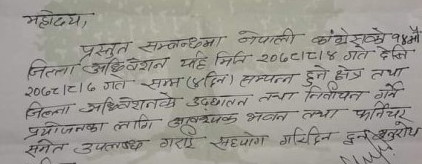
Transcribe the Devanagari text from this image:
महोदय,
प्रस्तुत सम्बन्धमा नेपाली कांग्रेसको १४ औ
जिल्ला अधिवेशन यहि मिति २०७८/८/४ गते देनि
२०७८।८।७ गते सम्म (४ दिन) सम्पन्न हुने क्षेत्र तथा
जिल्ला अधिवेशन के उद्‌घाटन तथा निवाचन गर्ने
प्रयोजनका लागि आवश्यक भवन तथा फर्निचर
समेत उपलब्ध गराई सहयोग गरिदिन दुन अनुरोध